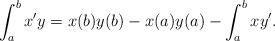
LaTeX: \begin{align*} \int_a^b x'y = x(b)y(b)-x(a)y(a)-\int_a^b xy'.\end{align*}